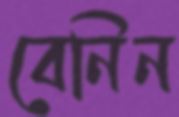
বেনিন